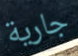
جارية